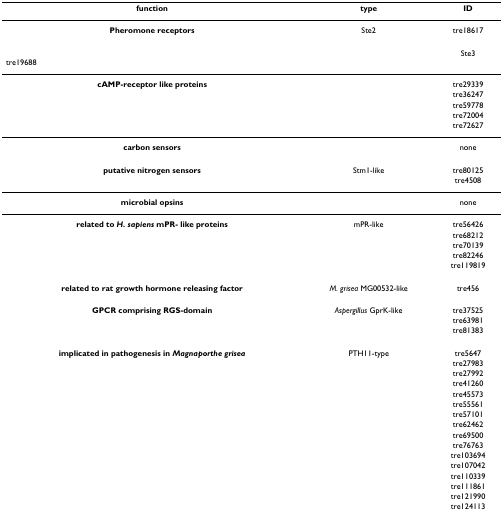
<table><thead><tr><td><b>function</b></td><td><b>type</b></td><td><b>ID</b></td></tr></thead><tbody><tr><td><b>Pheromone receptors</b></td><td>Ste2</td><td>tre18617</td></tr><tr><td colspan="2"></td><td>Ste3</td><td>tre19688</td></tr><tr><td><b>cAMP-receptor like proteins</b></td><td></td><td>tre29339</td></tr><tr><td></td><td></td><td>tre36247</td></tr><tr><td></td><td></td><td>tre59778</td></tr><tr><td></td><td></td><td>tre72004</td></tr><tr><td></td><td></td><td>tre72627</td></tr><tr><td><b>carbon sensors</b></td><td></td><td>none</td></tr><tr><td><b>putative nitrogen sensors</b></td><td>Stm1-like</td><td>tre80125</td></tr><tr><td></td><td></td><td>tre4508</td></tr><tr><td><b>microbial opsins</b></td><td></td><td>none</td></tr><tr><td><b>related to <i>H. sapiens </i>mPR- like proteins</b></td><td>mPR-like</td><td>tre56426</td></tr><tr><td></td><td></td><td>tre68212</td></tr><tr><td></td><td></td><td>tre70139</td></tr><tr><td></td><td></td><td>tre82246</td></tr><tr><td></td><td></td><td>tre119819</td></tr><tr><td><b>related to rat growth hormone releasing factor</b></td><td><i>M. grisea </i>MG00532-like</td><td>tre456</td></tr><tr><td><b>GPCR comprising RGS-domain</b></td><td><i>Aspergillus </i>GprK-like</td><td>tre37525</td></tr><tr><td></td><td></td><td>tre63981</td></tr><tr><td></td><td></td><td>tre81383</td></tr><tr><td><b>implicated in pathogenesis in <i>Magnaporthe grisea</i></b></td><td>PTH11-type</td><td>tre5647</td></tr><tr><td></td><td></td><td>tre27983</td></tr><tr><td></td><td></td><td>tre27992</td></tr><tr><td></td><td></td><td>tre41260</td></tr><tr><td></td><td></td><td>tre45573</td></tr><tr><td></td><td></td><td>tre55561</td></tr><tr><td></td><td></td><td>tre57101</td></tr><tr><td></td><td></td><td>tre62462</td></tr><tr><td></td><td></td><td>tre69500</td></tr><tr><td></td><td></td><td>tre76763</td></tr><tr><td></td><td></td><td>tre103694</td></tr><tr><td></td><td></td><td>tre107042</td></tr><tr><td></td><td></td><td>tre110339</td></tr><tr><td></td><td></td><td>tre111861</td></tr><tr><td></td><td></td><td>tre121990</td></tr><tr><td></td><td></td><td>tre124113</td></tr></tbody></table>